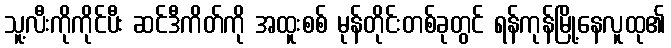
သူ့လီးကိုကိုင်ပီး ဆင်ဒီကိတ်ကို အထူးစစ် မုန်တိုင်းတစ်ခုတွင် ရန်ကုန်မြို့နေလူထု၏